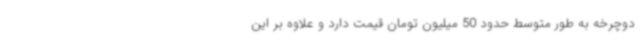
دوچرخه به طور متوسط حدود 50 میلیون تومان قیمت دارد و علاوه بر این